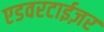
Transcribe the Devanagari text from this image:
एडवरटाईज़र